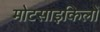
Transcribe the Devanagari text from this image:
मोटसाइकिलों